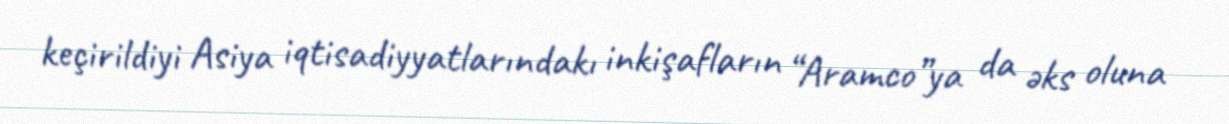
keçirildiyi Asiya iqtisadiyyatlarındakı inkişafların “Aramco”ya da əks oluna